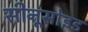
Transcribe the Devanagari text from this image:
सीनूसोइड